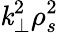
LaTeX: \mathit{k}_{\perp}^{2}\rho_{s}^{2}